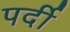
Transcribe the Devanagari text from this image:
पर्दी